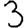
Digit: 3